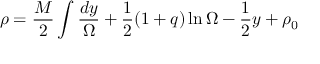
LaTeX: \rho = \frac { M } { 2 } \int \frac { d y } { \Omega } + \frac { 1 } { 2 } ( 1 + q ) \ln \Omega - \frac { 1 } { 2 } y + \rho _ { 0 }